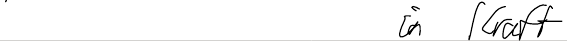
in Kraft